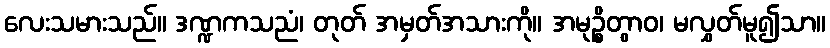
လေးသမားသည်။ ဒဏ္ဍကသညံ၊ တုတ် အမှတ်အသားကို။ အမုဉ္စိတွာဝ၊ မလွှတ်မူ၍သာ။